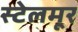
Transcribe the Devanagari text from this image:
स्टेलमूर